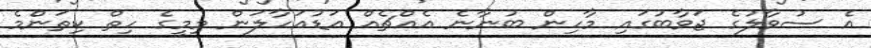
އެ ސުވާލުގެ ޖަވާބުގައި މާހިން ބުނާނެ އެއްޗެއް އަޑުއަހާލަން މިމީގެ ހިތް ކިތަންމެ